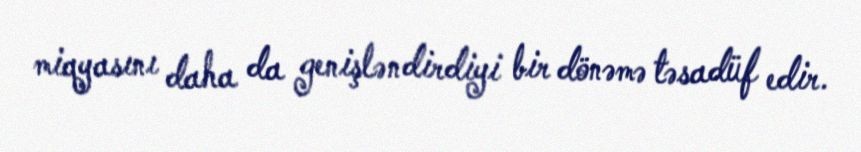
miqyasını daha da genişləndirdiyi bir dönəmə təsadüf edir.